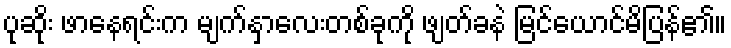
ပုဆိုး ဖာနေရင်းက မျက်နှာလေးတစ်ခုကို ဖျတ်ခနဲ မြင်ယောင်မိပြန်၏။